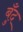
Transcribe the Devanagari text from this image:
बुँद